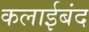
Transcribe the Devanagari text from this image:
कलाईबंद